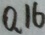
0 . 1 6